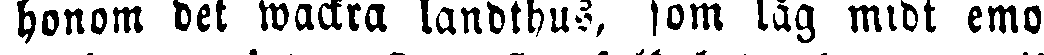
honom det wackra landthus, som låg midt emot